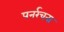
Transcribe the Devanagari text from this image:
पनर्रचना